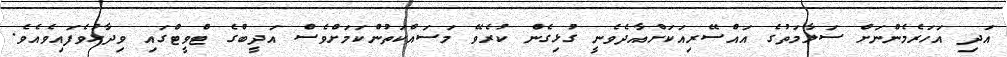
އަދި އަހަރެމެންނަށް ސަލާމަތުގެ އައްސޭރިއަކަށްއާދެވެނީ ގުޅިގެން ކުރެވޭ މަސައްކަތުންކަމަށްވެސް އަދީބްގެ ޓްވީޓްގައި ވިދާޅުވެފައިވެއެވެ.